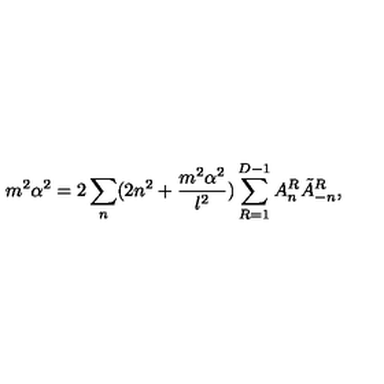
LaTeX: m ^ { 2 } \alpha ^ { 2 } = 2 \sum _ { n } ( 2 n ^ { 2 } + \frac { m ^ { 2 } \alpha ^ { 2 } } { l ^ { 2 } } ) \sum _ { R = 1 } ^ { D - 1 } A _ { n } ^ { R } \tilde { A } _ { - n } ^ { R } ,